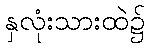
နှလုံးသားထဲ၌